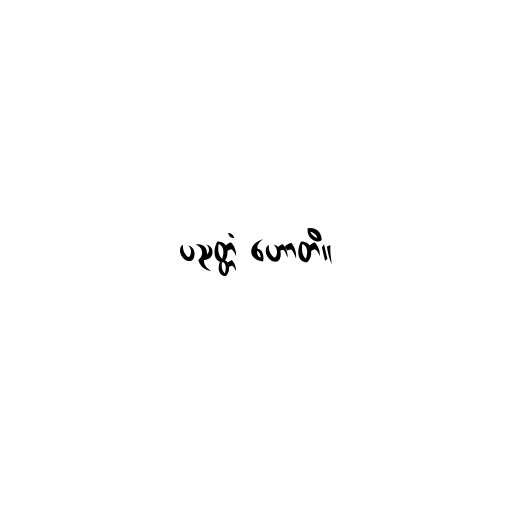
ပညတ္တံ ဟောတိ။